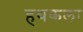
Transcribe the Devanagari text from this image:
हथकला